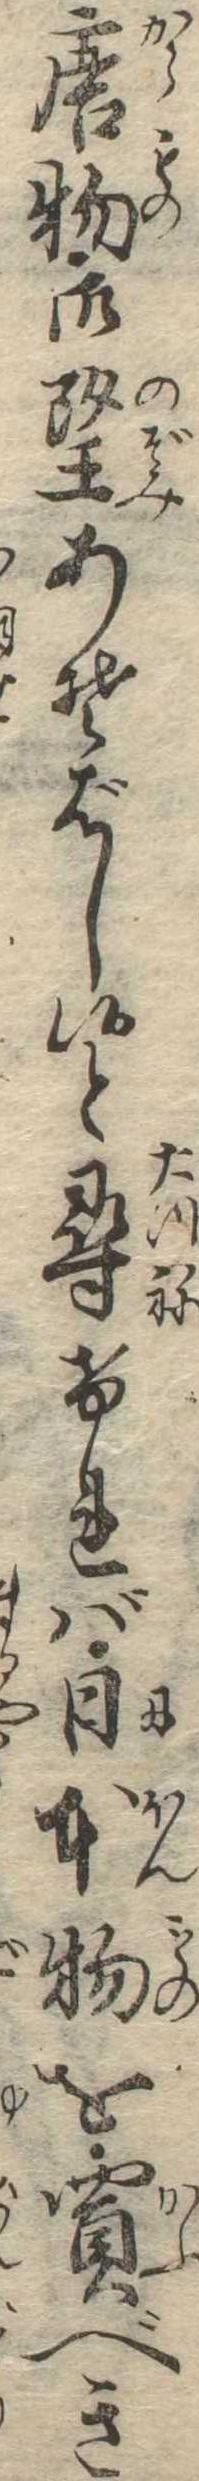
唐物御望あそばし候と尋ければ日本物を買べき